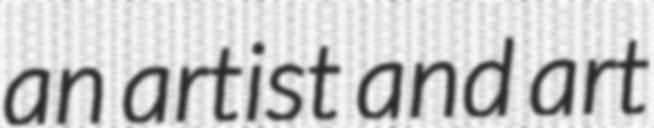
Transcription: an artist and art